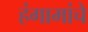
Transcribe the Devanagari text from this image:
हंगामांचे